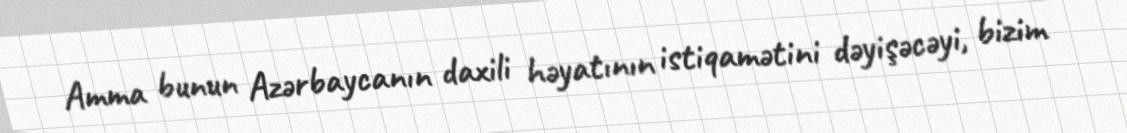
Amma bunun Azərbaycanın daxili həyatının istiqamətini dəyişəcəyi, bizim